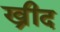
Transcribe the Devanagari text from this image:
ख्रीद